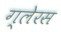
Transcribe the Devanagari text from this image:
ग्लेरस